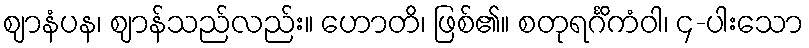
ဈာနံပန၊ ဈာန်သည်လည်း။ ဟောတိ၊ ဖြစ်၏။ စတုရင်္ဂိကံဝါ၊ ၄-ပါးသော